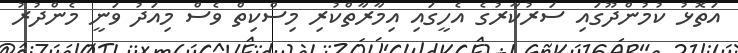
އަތޮޅު ކުމުންދޫގައި ސަރުކާރުގެ އެހީގައި އިމާރާތްކުރި މިސްކިތް ވެސް މިއަދު ވަނީ މެންދުރު